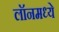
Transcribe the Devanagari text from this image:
लॉनमध्ये